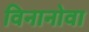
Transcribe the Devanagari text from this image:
विनानोवा